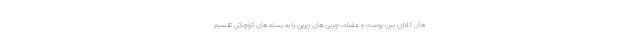
های کلاژن بین پوست و عضله، چربی های زیرین را به بسته های کوچکی تقسیم